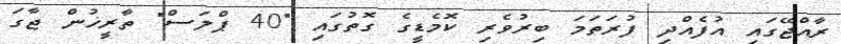
ރާއްޖޭގައި އުފެއްދި ފުރަަތަމަ ބިރުވެރި ކޮމެޑީގެ ގޮތުގައި "40 ޕްލަސް" ތާރީޚުން ޖާގަ